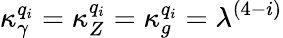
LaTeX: {\kappa_{\gamma}^{q_{i}}}={\kappa_{Z}^{q_{i}}}={\kappa_{g}^{q_{i}}}=\lambda^{(4-i)}